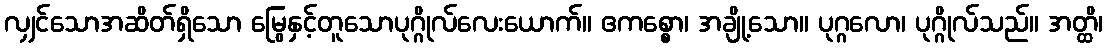
လျှင်သောအဆိတ်ရှိသော မြွေနှင့်တူသောပုဂ္ဂိုလ်လေးယောက်။ ဧကစ္စော၊ အချို့သော။ ပုဂ္ဂလော၊ ပုဂ္ဂိုလ်သည်။ အတ္ထိ၊